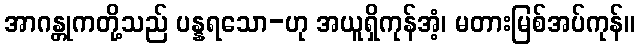
အာဂန္တုကတို့သည် ပန္နရသော-ဟု အယူရှိကုန်အံ့၊ မတားမြစ်အပ်ကုန်။